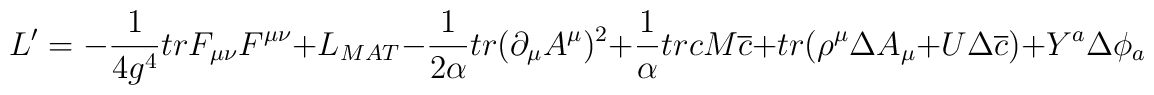
L' =-{1\over 4g^4}trF_{\mu\nu}F^{\mu\nu}+L_{MAT}-{1\over 2\alpha}tr(\partial_{\mu}A^{\mu})^2+{1\over\alpha}trcM\overline c+tr(\rho^{\mu}\Delta A_{\mu}+U\Delta\overline c)+Y^a\Delta\phi_a